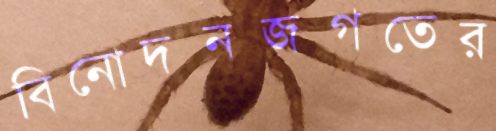
বিনোদনজগতের